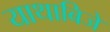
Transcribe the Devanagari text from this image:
याथाबिजें